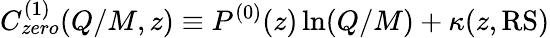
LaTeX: C_{zero}^{(1)}(Q/M,z)\equiv P^{(0)}(z)\ln(Q/M)+\kappa(z,\mathrm{RS})